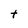
Character: t